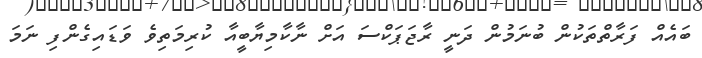
ބައެއް ފަރާތްތަކުން ބުނަމުން ދަނީ ރާޖަޕަކްސަ އަށް ނާކާމިޔާބީއާ ކުރިމަތިވެ ވަޑައިގެންފި ނަމަ